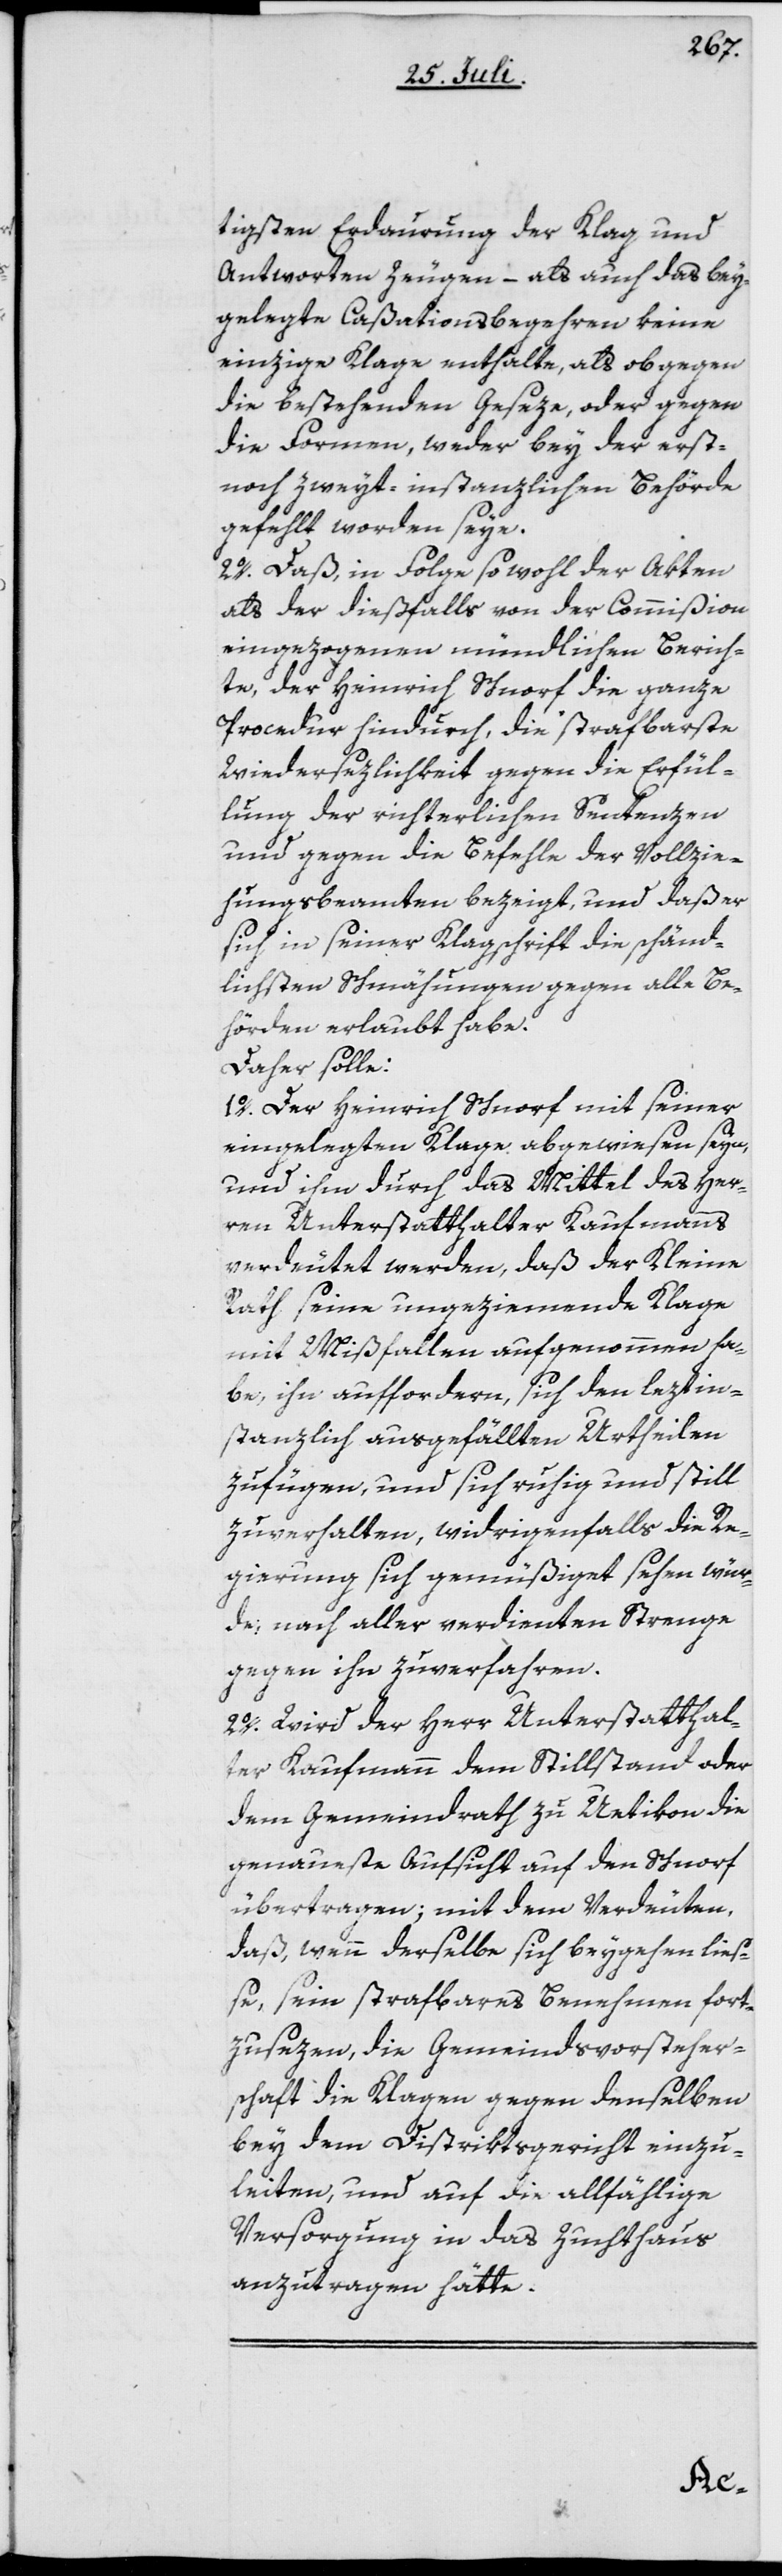
tigsten Erdaurung der Klag und
Antworten zeugen – als auch das bey¬
gelegte Caßationsbegehren keine
einzige Klage enthalte, als ob gegen
die bestehenden Geseze, oder gegen
die Formen, weder bey der erst-
noch zweyt-instanzlichen Behörde
gefehlt worden seye.
2o. Daß, in Folge sowohl der Akten
als der dießfalls von der Commißion
eingezogenen mündlichen Berich¬
te, der Heinrich Schnorf die ganze
Procedur hindurch, die strafbarste
Wiedersezlichkeit gegen die Erfül¬
lung der richterlichen Sentenzen
und gegen die Befehle der Vollzie¬
hungsbeamten bezeigt, und daß er
sich in seiner Klagschrift die schänd¬
lichsten Schähungen gegen alle Be¬
hörden erlaubt habe.
Daher solle:
1o. Der Heinrich Schnorf mit seiner
eingelegten Klage abgewiesen seyn,
und ihm durch das Mittel des Her¬
ren Unterstatthalter Kaufmanns
verdeutet werden, daß der Kleine
Rath seine ungeziemende Klage
mit Mißfallen aufgenommen ha¬
be, ihn auffordere, sich den leztin¬
stanzlich ausgefällten Urtheilen
zufügen, und sich ruhig und still
zuverhalten, widrigenfalls die Re¬
gierung sich gemüßiget sehen wür¬
de, nach aller verdienten Strenge
gegen ihn zuverfahren.
2o. Wird der Herr Unterstatthal¬
ter Kaufmann dem Stillstand oder
dem Gemeindrath zu Uetikon die
genaueste Aufsicht auf den Schnorf
übertragen; mit dem Verdeuten,
daß, wenn derselbe sich beygehen ließ¬
e, sein strafbares Benehmen fort¬
zusezen, die Gemeindsvorsteher¬
schaft die Klagen gegen denselben
bey dem Distriktsgericht einzu¬
leiten, und auf die allfählige
Versorgung in das Zuchthaus
anzutragen hätte.